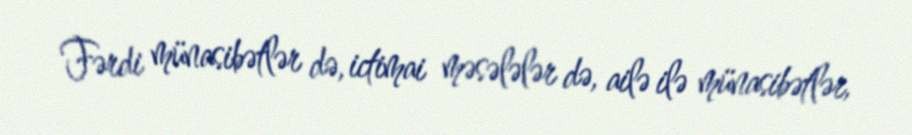
Fərdi münasibətlər də, ictimai məsələlər də, ailə ilə münasibətlər,